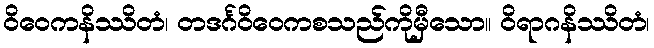
ဝိဝေကနိဿိတံ၊ တဒင်္ဂဝိဝေကစသည်ကိုမှီသော။ ဝိရာဂနိဿိတံ၊